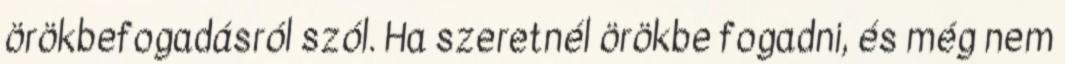
örökbefogadásról szól. Ha szeretnél örökbe fogadni, és még nem